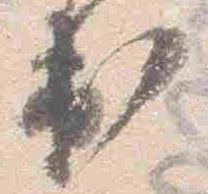
出